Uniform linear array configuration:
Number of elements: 64
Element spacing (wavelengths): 1
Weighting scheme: hamming
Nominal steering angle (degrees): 30
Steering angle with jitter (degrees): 28.974
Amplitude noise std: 0.05
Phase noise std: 0.05

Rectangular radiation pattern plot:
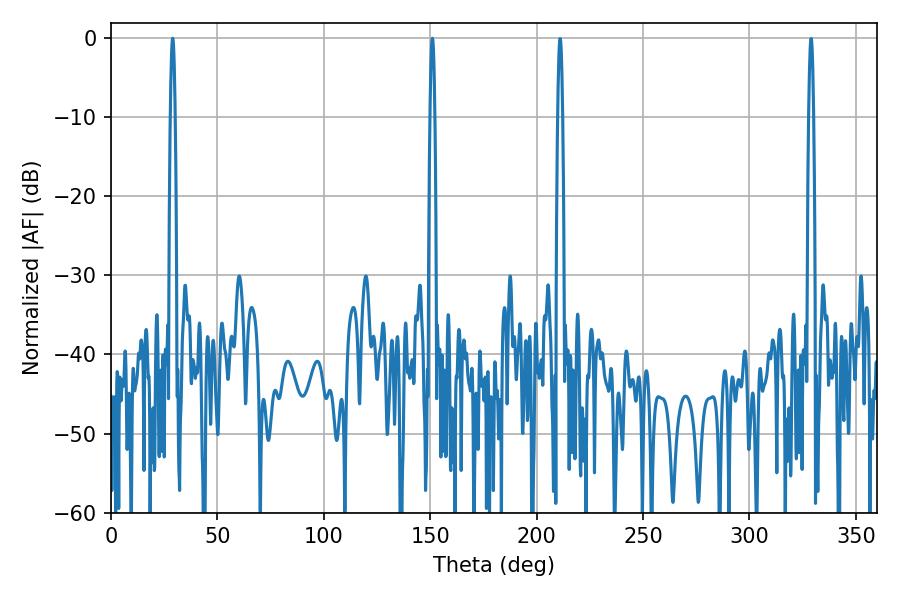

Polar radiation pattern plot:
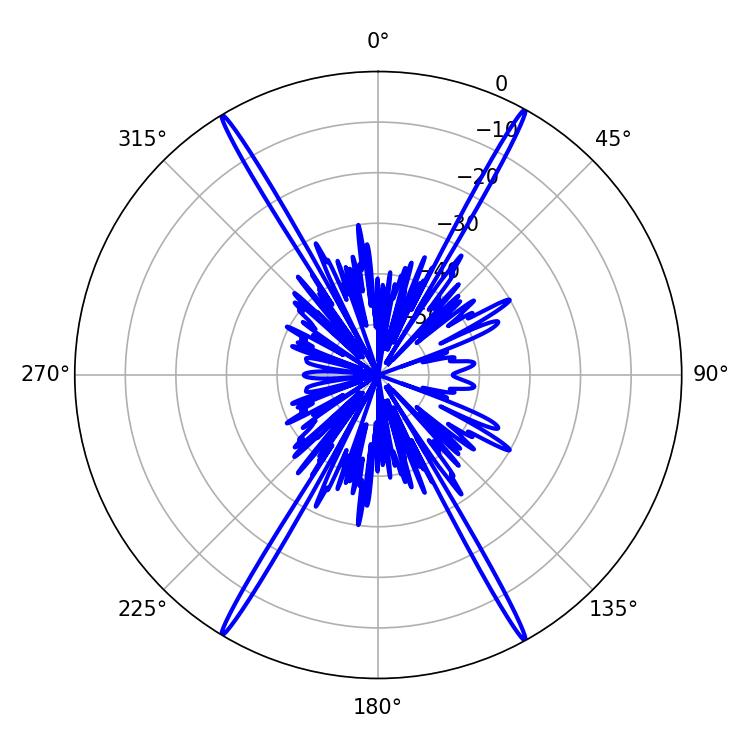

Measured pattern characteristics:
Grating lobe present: TRUE
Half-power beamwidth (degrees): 1.08
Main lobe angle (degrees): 28.98